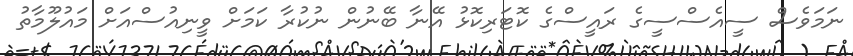
ނަމަވެސް ސީއެސްސީގެ ރައީސްގެ ކޮޓަރިކޮޅު އޭނާ ބޭނުން ނުކުރާ ކަމަށް ވީނިއުސްއަށް މައުލޫމާތު